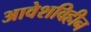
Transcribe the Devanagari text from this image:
आवेशविहीन